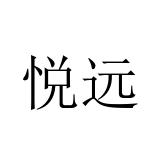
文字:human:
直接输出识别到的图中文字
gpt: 悦远